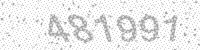
Solution: 481991